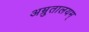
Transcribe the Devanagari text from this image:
अम्रुतालयम्